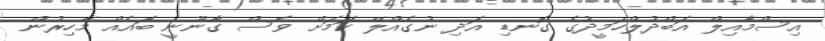
އިސްމާއިލް އަބްދުލްހަމީދުގެ ގޮނޑި އަދި ނުގެއްލޭ ކަމަށް ވެސް ގާނޫނީ ބައެއް މާހިރުން